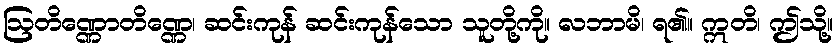
ဩတိဏ္ဏောတိဏ္ဏေ၊ ဆင်းကုန် ဆင်းကုန်သော သူတို့ကို။ လဘာမိ၊ ရ၏။ ဣတိ၊ ဤသို့။